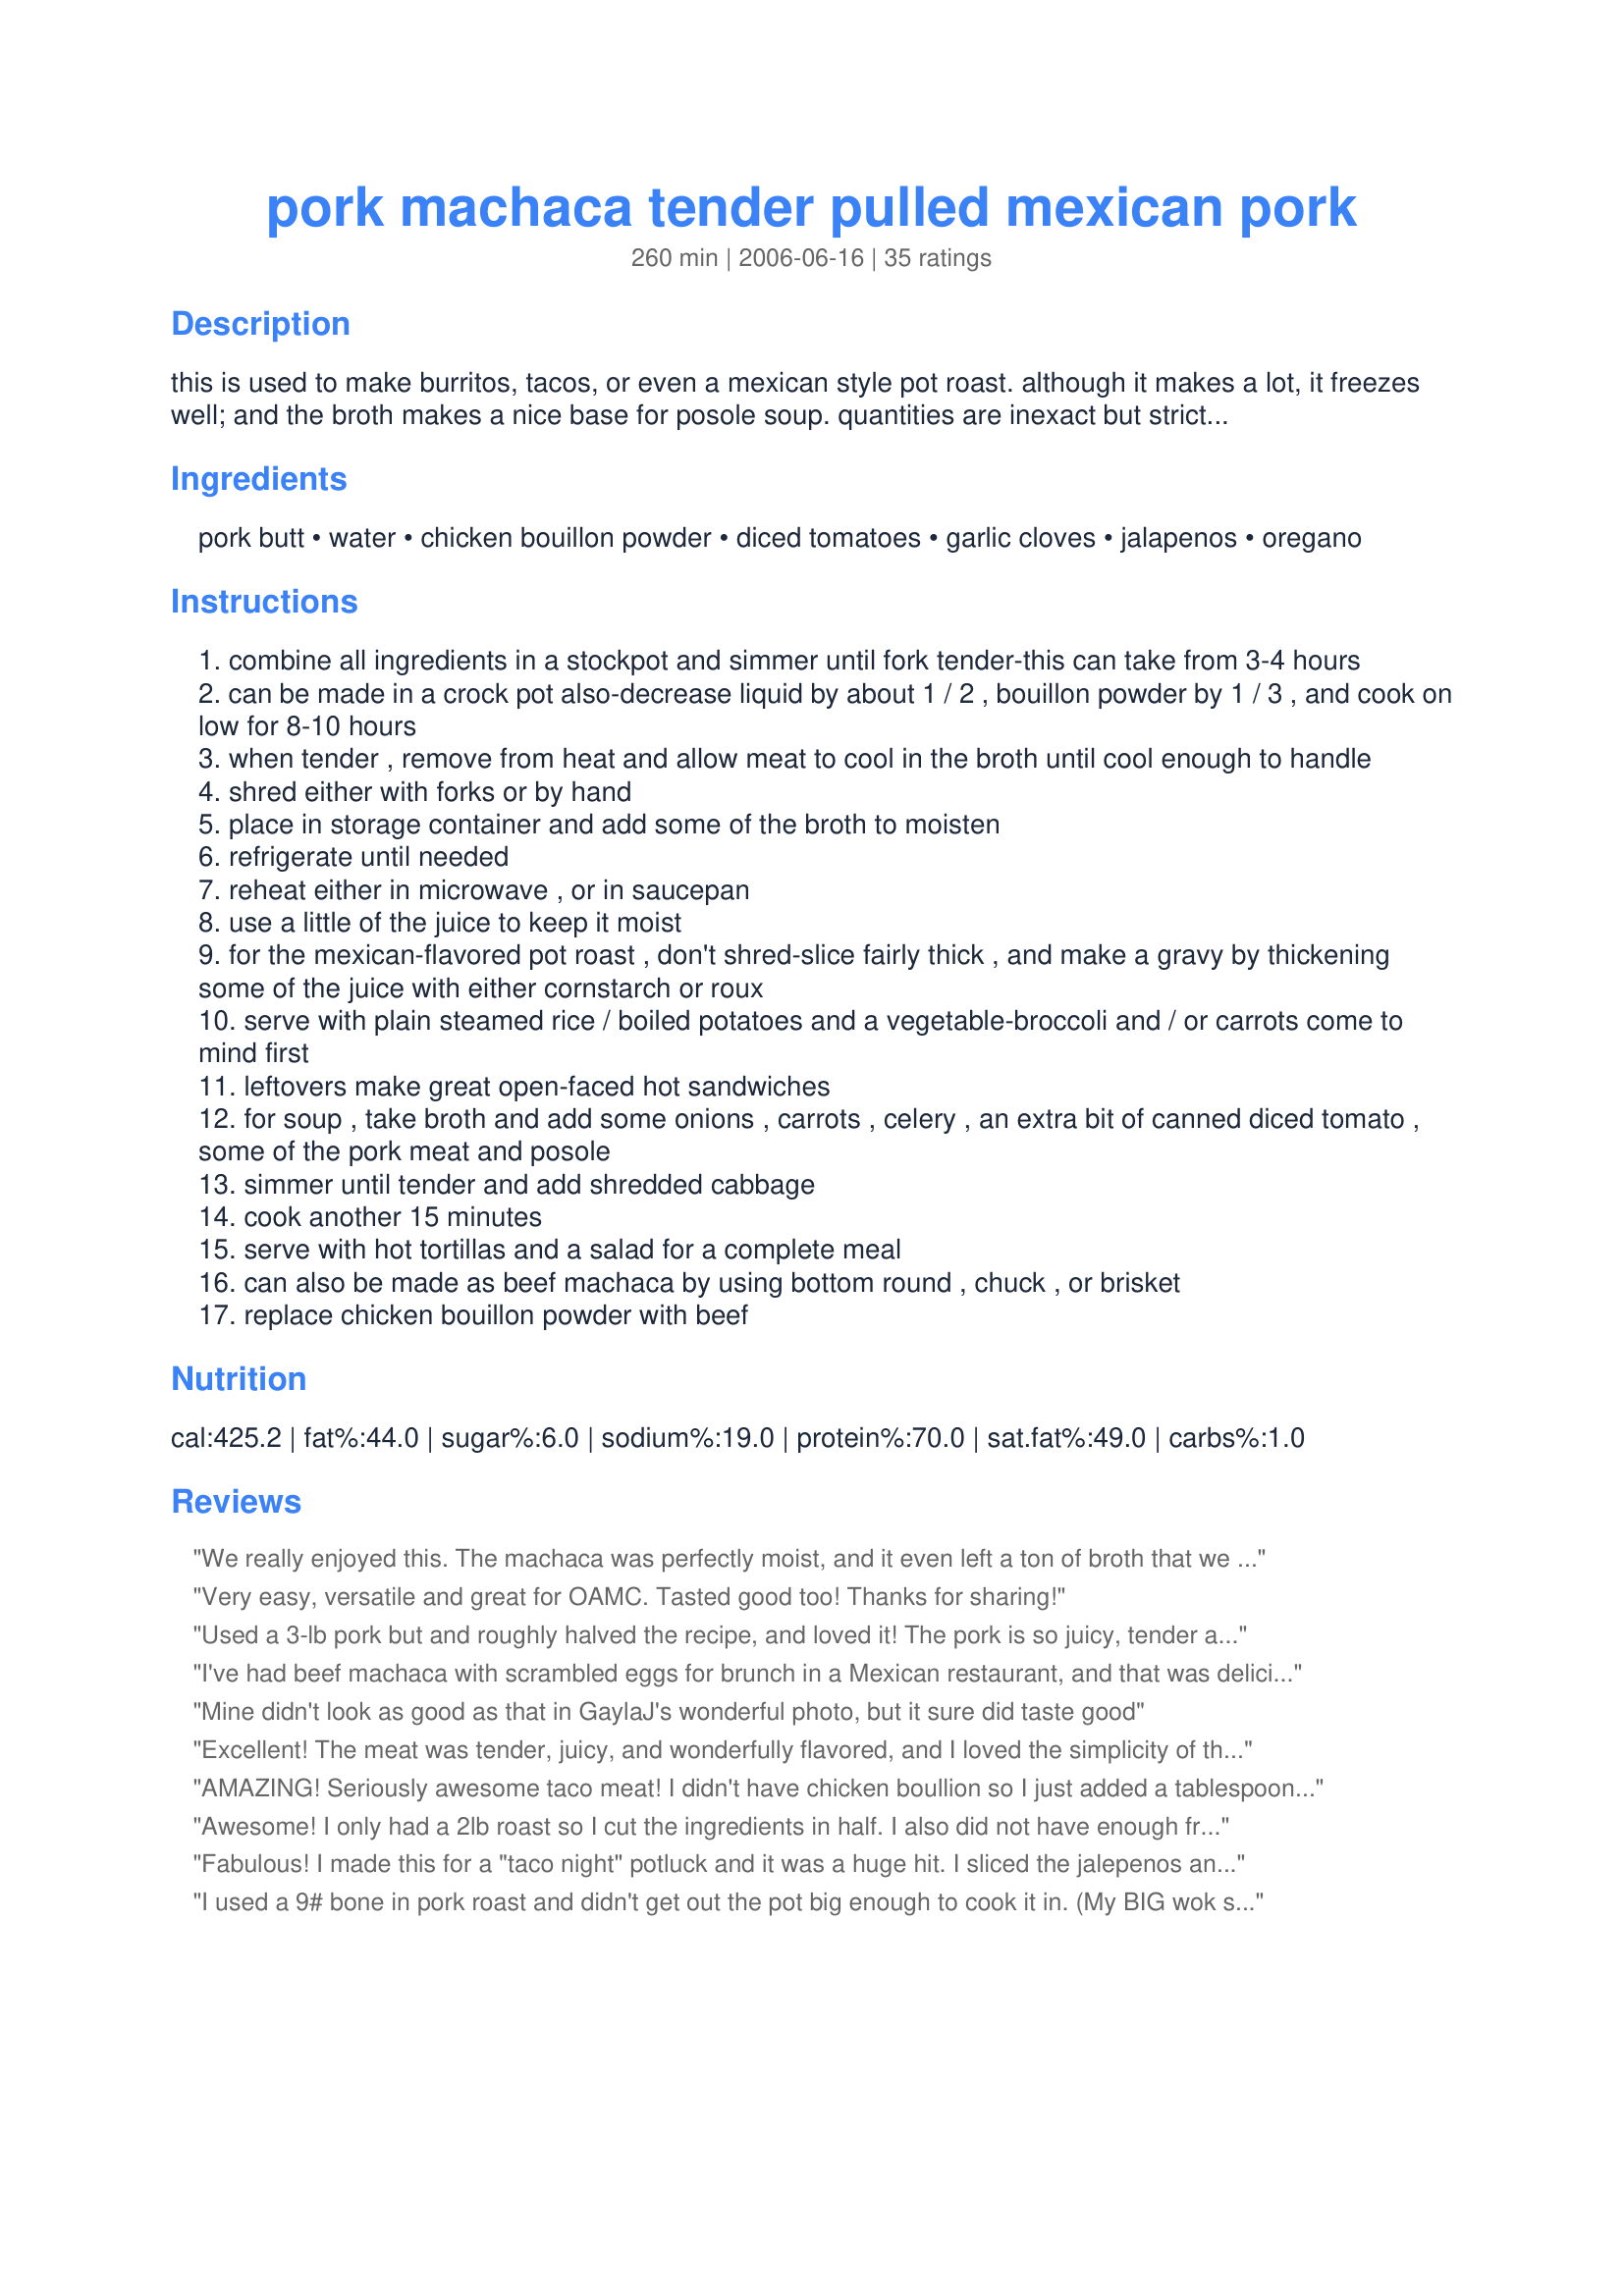
pork machaca tender pulled mexican pork
Preparation time: 260 minutes

this is used to make burritos, tacos, or even a mexican style pot roast. although it makes a lot, it freezes well; and the broth makes a nice base for posole soup. quantities are inexact but strict adherence to the recipe is not that crucial; i make this in restaurants and just "go by eye".
props to gaylaj for shaming me into posting my first recipe here!

Ingredients:
pork butt, water, chicken bouillon powder, diced tomatoes, garlic cloves, jalapenos, oregano

Steps:
combine all ingredients in a stockpot and simmer until fork tender-this can take from 3-4 hours
can be made in a crock pot also-decrease liquid by about 1 / 2 , bouillon powder by 1 / 3 , and cook on low for 8-10 hours
when tender , remove from heat and allow meat to cool in the broth until cool enough to handle
shred either with forks or by hand
place in storage container and add some of the broth to moisten
refrigerate until needed
reheat either in microwave , or in saucepan
use a little of the juice to keep it moist
for the mexican-flavored pot roast , don't shred-slice fairly thick , and make a gravy by thickening some of the juice with either cornstarch or roux
serve with plain steamed rice / boiled potatoes and a vegetable-broccoli and / or carrots come to mind first
leftovers make great open-faced hot sandwiches
for soup , take broth and add some onions , carrots , celery , an extra bit of canned diced tomato , some of the pork meat and posole
simmer until tender and add shredded cabbage
cook another 15 minutes
serve with hot tortillas and a salad for a complete meal
can also be made as beef machaca by using bottom round , chuck , or brisket
replace chicken bouillon powder with beef

Reviews:
We really enjoyed this. The machaca was perfectly moist, and it even left a ton of broth that we can use in other recipes. We had the machaca with tortillas and hot sauce, but I think it really did need something else to go with it. I can't put my finger on it, but I think next time I will try sauteing up some onions, tomatoes and green peppers, and mixing them into the meat after it has cooked. All in all though, it is a great recipe with good flavor. Thank you!
Very easy, versatile and great for OAMC. Tasted good too! Thanks for sharing!
Used a 3-lb pork but and roughly halved the recipe, and loved it! The pork is so juicy, tender and flavorful-- and versatile. My boyfriend and I made shredded pork sandwiches, pork tacos, pork nachos... we ate it cheerfully for a week, and ran out yesterday and are making more today for our Superbowl guests. HUGE success-- thank you!
I've had beef machaca with scrambled eggs for brunch in a Mexican restaurant, and that was delicious!
Mine didn't look as good as that in GaylaJ's wonderful photo, but it sure did taste good
Excellent! The meat was tender, juicy, and wonderfully flavored, and I loved the simplicity of the recipe. Allowing the meat to cool in the broth does indeed help keep it moist, so don't get impatient, as I have done in the past, and pull it out to cool--just plan ahead, as it's worth the extra time. (I didn't take advantage of using the broth this time, but it is far too good to ignore--next time I intend to make a nice posole from it.) I used diced tomatoes, fresh garlic and jalapenos, and simmered an almost-8-pound roast for about 4 1/2 hours. We enjoyed it served simply on flour tortillas. I always thought it was hard to go wrong with a well-cooked Boston Butt, but this was extraordinary--thank you for posting! I'm looking forward to pulling the leftovers out of the freezer, and I'll be looking forward to more recipes from you. ;)
AMAZING! Seriously awesome taco meat! I didn't have chicken boullion so I just added a tablespoon of salt. Still had great flavor.
Awesome! I only had a 2lb roast so I cut the ingredients in half. I also did not have enough fresh garlic so I used the granulated and it was still excellent. We made pork tacos and everyone loved them. Thanks!
Fabulous! I made this for a "taco night" potluck and it was a huge hit. I sliced the jalepenos and left the seeds in for extra kick. I also let the pork cool in the sauce as suggested and the meat was oh so tender. This recipe goes into my favorites. Thanks!
I used a 9# bone in pork roast and didn't get out the pot big enough to cook it in. (My BIG wok stay out 24/7.) So... I put a round rack in the bottom of the wok to keep the meat up, off the cooking surface... and the lid didn't seal well so it didn't "steam" like a normal roast. As a result of all the equipment adaptations, my cooking time was MUCH longer, and WELL worth the wait. I used 3 or 4 HEAPING tablespoons of jarred, minced, "fresh" garlic, instead of the whole cloves, and a little extra oregano... because of the "re-potting issues". Let me stress, This recipe ROCKS!!! My GF said, "OH!... My... God!!! That is SO good!" I think that says it all.
Was good.
This Recipe is Crazy good, tastes even better next day too! My family always loves when I make this! Turns out Awesome with one habanero as well (in place of jalapenos).....mind your fingers touching your mouth and eyes though! Stuck with fresh ingredients too. Carnitas...never again! Also I serve with sauteed bell peppers and onion on tortilla with Monterey cheese...BOMB! My happy stomach thanks you for this recipe! :D
Great pork. Served with Mexican cornbread, baked beans and coleslaw. YUM.
Love this! I&#039;ve made with beef, chicken and pork - its always a hit!!
This is wonderful! I used country style pork ribs - that's just sliced pork butt, right? I used green chilis and fresh garlic. I cut the recipe in half to accomodate the amount of meat I had. It was so easy. I simmered for about 5 hours because the meat was frozen. After refrigerating overnight, it was easy to take out the fat. The resulting shredded meat is melt-in-your-mouth yummy. I'll serve it on flour tortillas with sour cream and guacamole. The broth is frozen for soup. Thanks!
This was pretty good - I used leftover roast belly pork and served it as a stew. I added a bit of cumin and my own tomato sauce and chicken stock. I think it needed a bit of sweetness - not much, but a tad.
This made a wonderfully flavored pork dish. I had planned on making HM tortillas, but ran out of time, so, I just served this as it was with melted cheese, sliced green onions and sourcream on top. The leftovers are great as well! I used the tomato paste, minced garlic from a jar and canned chiles. I am sure to make this again!
Was glad to find this recipe, especially since it is not for a crock pot. Used a pork shoulder, 1 can of petite diced tomatoes, and 1 can of Rotel. I added a small dash of chipotle chili powder to the mix as well. Also threw in some cubed onions. It took about 3 hours to cook, and I left it sit in it&#039;s broth for an hour. Served with flour tortillas and pico de gallo. Fantastic really. Thank you.
This machaca was outstanding, tender, full of flavor and easy to prepare for the crockpot. I used a 3 pound pork butt roast. I trimmed as much fat as was reasonable. I used the tomato paste and used only 2 jalapenos which I diced rather than leave whole. I also failed to reduce the volume of water since I was using the crockpot but will use the broth to make a mexican-syle pozole soup. I cooked the pork for 5 hours in the crockpot which was plenty of time and meat did not dry out. The pork shredded very easily, and I added some of the broth to the meat for flavor and to maintain moistness. This was so good. Some of us served it up as tacos and others as burritos. Condiments on the table included chopped lettuce, tomatoes, onions, cilantro, sour cream and pico de gallo. Leftovers are going to make fantasic enchiladas. Thanks Chef TotalFark for sharing this awesome recipe that will make an encore in my home many times.
This is absolutely wonderful! I opted for the pot roast meal served with boiled new potatoes and butternut squash. The gravy was terrific and easy to make. I had a lot of leftover meat so I made shredded pork enchiladas and a pot of pozole. Thanks for sharing.
Wow what a big hit in my family!!! i will say the next day was even better then the first!!! caution... Don't chop the jalapenos without gloves... i did and omg... my hands were burning all day long... until i went on-line and learned hot to get some relief... rub your hands in sour cream and or vinegar. It helped but boy.. did i learn a big lesson. The flavors are wonderful and this is so easy to make. i used the crockpot but seared the meat first on the stove. and i only used 8 garlic cloves and make slits in the meat and just popped the clove down in each slit. we really enjoyed this dish and my husbands wants me to make it again... very soon!!! thanks for the great and easy recipe...
I made this several times last summer in the crock pot! So wonderful! Great way to prepare an inexpensive cut of pork. We shredded it and made burritos with canned black beans, homemade corn relish and some sour cream! Thanks for the recipee!
Excellent!
Wow!! This pork is very delicious. I only had a 2lb pork roast so I just halved my ingredients. I didn't have diced tomatoes so I used tomato sauce and it came out soo good. I used the meat for burritos. Thank you so much for posting this recipe.
I've never made this before but it turned out perfect! Thank you. Served on corn tostada shells with sour cream, shredded cabbage and cold tomato sauce (blended tomatoes, garlic salt & pepper, onion and oregano). My husband and girls enjoyed this dinner. We will put it on the regular rotation. May use soft tortillas for lunch tomorrow. And will try the soup as well!
Wow, we loved this! I cut the recipe in half for just the two of us and cooked stove top in a stockpot. Thickened the juices and served over rice. Very tender and full of flavor.
I served this at a football party with burrito fixings and got rave reviews! The pork was so tender it shredded like a dream. Will definitely be making this again. Thanks for sharing!
i combined this w/#150133 Mexican Pork Cubes to serve w/tomalitos... i used pork chops, and had to do w/o the jalapeno as i had none on hand. however, this combined with the other made for the most delectable meal!! wowee!! it has been requested on an almost daily basis for the past two weeks now - really outstanding, cannot thank you enough for our new favorite!
DELICIOUS! Made a few changes. Didn't have jalapenos, so used a can of diced tomatoes with jalapenos. Reduced water to 1 cup (crock pot) and added salt. Put 10 garlic cloves + 1 tsp garlic salt. We got a delicious gravy with cornstartch. Even our kitty, who doesn't eat our food, loves the pork! Thanks for sharing.
Great flavor. I used a jar of homemade salsa instead of the canned tomatoes and it was fantastic. Only used 2 jalapenos and it wasn't hot at all.
Loved it! I especially love your suggestions for the pot roast, soup, and machaca. Muchas gracias!!!
Not much I can add that hasn't already been said! A five for the aroma alone! Went the Mexican- flavored pot roast route making for a family pleasing supper - and for lunch the next day - the best pork sandwich I have ever tasted. This is my kind of recipe. Thank you for posting a recipe that has already seen to a rerun!
Saw this posted in the forum and had a pork shoulder to use up. I did do it in my crockpot and left out the 2 quarts of water. after pulling the pork I added it back to the sauce to soak up some of the juice. I then used the meat for chimichangas, delicious! I have tossed the broth/flavorings into the freezer to make a soup this next winter. All I will have to do is add vegies. Very nice recipe one that I will use again. Thank you! :)shirley:(
Made this in a crock pot primarily to freeze for future use, but did keep enough to make a couple of enchiladas! Used just 2 jalapenoes, but that was about right for my taste! Very, very moist & flavorful! Thanks for posting the recipe! [Made & reviewed for one of my adoptees in this Spring's PAC]
I made this with pork loin chops in the pressure cooker. I cooked it for 15 minuets then natural release. I made the most delicious enchilladas with the meat. Just what I was craving and looking for.
